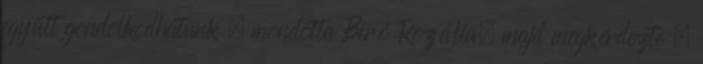
együtt gondolkodhatunk – mondotta Biró Rozália, majd megkérdezte –